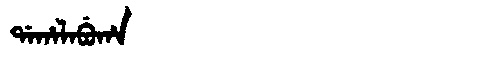
Manchu: ᡩᠠᡥᠠᠯᠠᠪᡠᡥᠠ
Romanization: DAHALABUHA